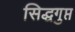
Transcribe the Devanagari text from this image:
सिद्धगुप्त